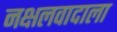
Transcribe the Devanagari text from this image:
नक्षलवादाला